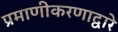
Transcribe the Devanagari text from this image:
प्रमाणीकरणाद्वारे